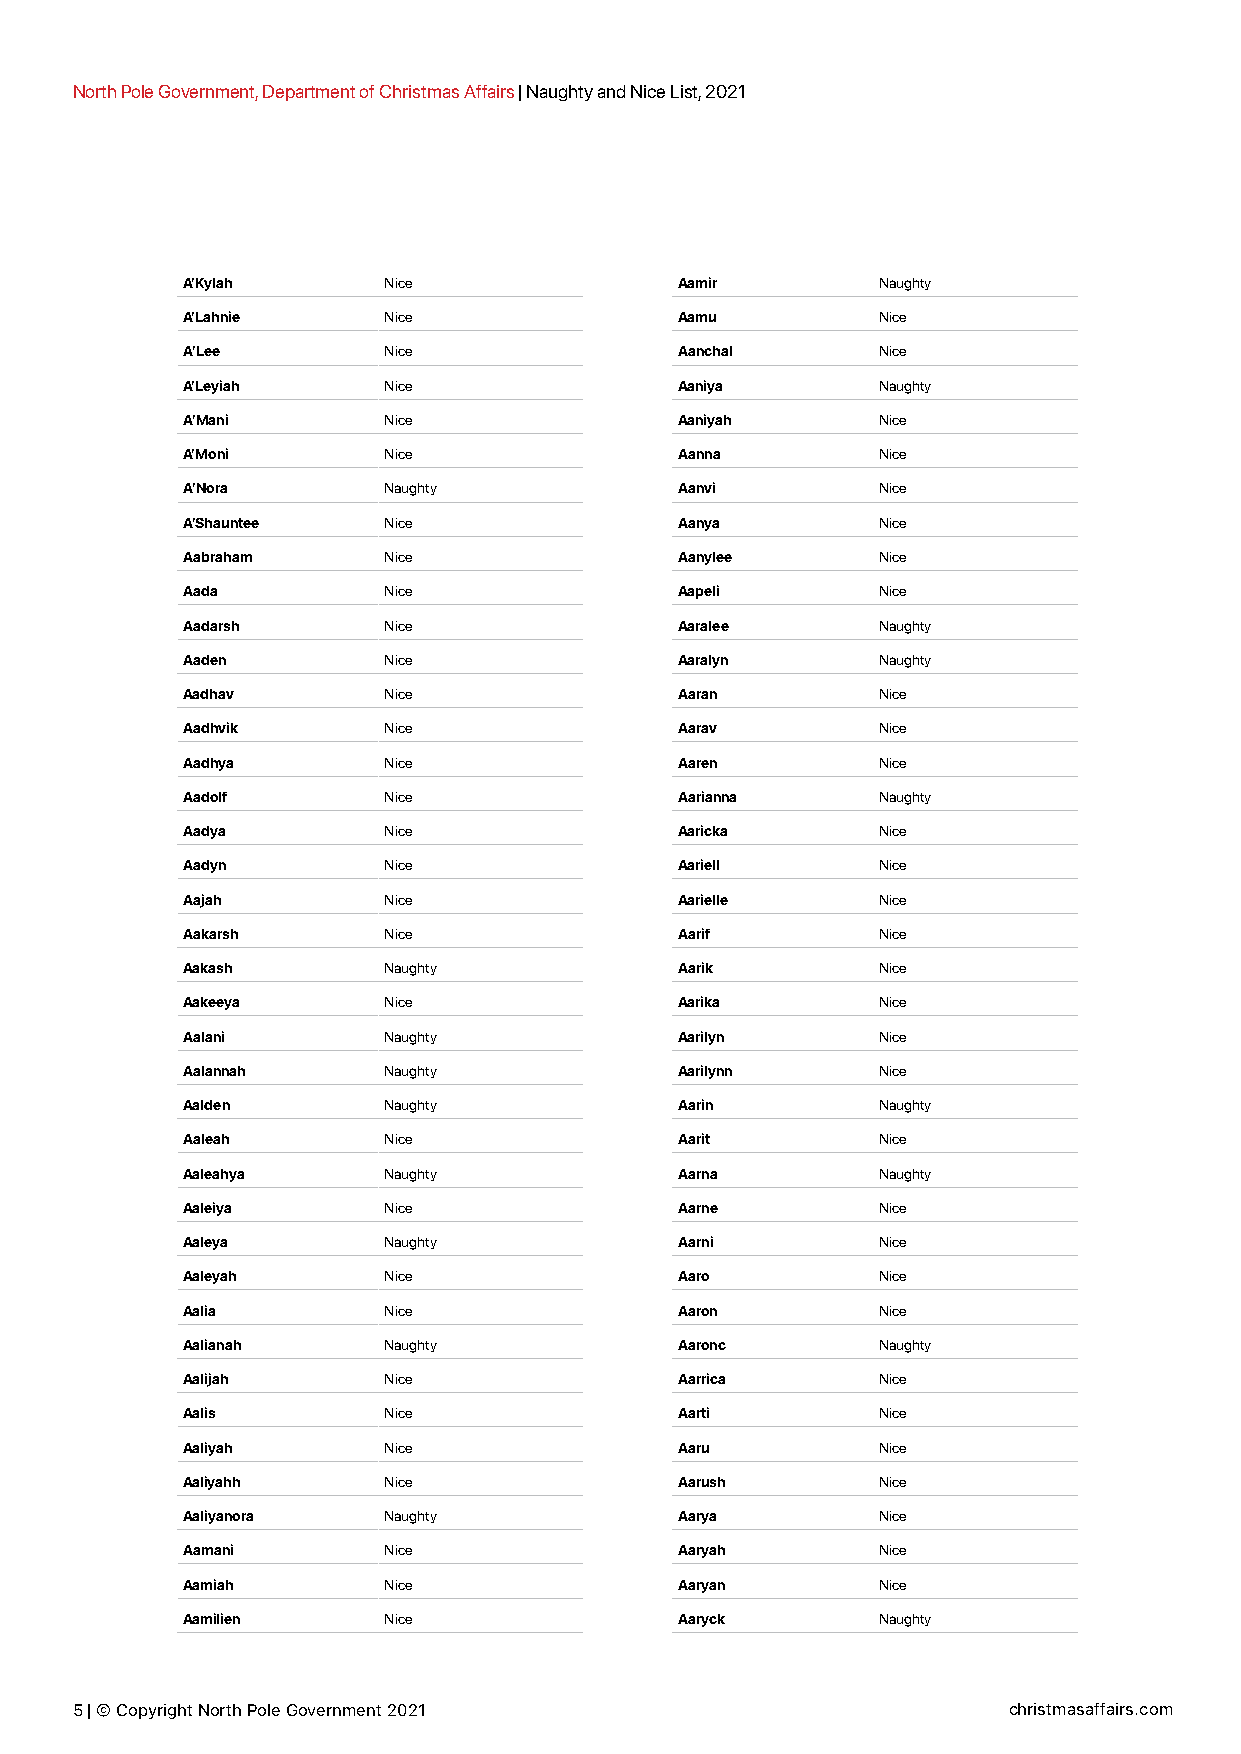
North Pole Government, Department of Christmas Affairs | Naughty and Nice List, 2021
 A’Kylah      Nice                Aamir        Naughty
 A’Lahnie     Nice                Aamu         Nice
 A’Lee        Nice                Aanchal      Nice
 A’Leyiah     Nice                Aaniya       Naughty
 A’Mani       Nice                Aaniyah      Nice
 A’Moni       Nice                Aanna        Nice
 A’Nora       Naughty             Aanvi        Nice
 A’Shauntee   Nice                Aanya        Nice
 Aabraham     Nice                Aanylee      Nice
 Aada         Nice                Aapeli       Nice
 Aadarsh      Nice                Aaralee      Naughty
 Aaden        Nice                Aaralyn      Naughty
 Aadhav       Nice                Aaran        Nice
 Aadhvik      Nice                Aarav        Nice
 Aadhya       Nice                Aaren        Nice
 Aadolf       Nice                Aarianna     Naughty
 Aadya        Nice                Aaricka      Nice
 Aadyn        Nice                Aariell      Nice
 Aajah        Nice                Aarielle     Nice
 Aakarsh      Nice                Aarif        Nice
 Aakash       Naughty             Aarik        Nice
 Aakeeya      Nice                Aarika       Nice
 Aalani       Naughty             Aarilyn      Nice
 Aalannah     Naughty             Aarilynn     Nice
 Aalden       Naughty             Aarin        Naughty
 Aaleah       Nice                Aarit        Nice
 Aaleahya     Naughty             Aarna        Naughty
 Aaleiya      Nice                Aarne        Nice
 Aaleya       Naughty             Aarni        Nice
 Aaleyah      Nice                Aaro         Nice
 Aalia        Nice                Aaron        Nice
 Aalianah     Naughty             Aaronc       Naughty
 Aalijah      Nice                Aarrica      Nice
 Aalis        Nice                Aarti        Nice
 Aaliyah      Nice                Aaru         Nice
 Aaliyahh     Nice                Aarush       Nice
 Aaliyanora   Naughty             Aarya        Nice
 Aamani       Nice                Aaryah       Nice
 Aamiah       Nice                Aaryan       Nice
 Aamilien     Nice                Aaryck       Naughty
 5 | © Copyright North Pole Government 2021                    christmasaffairs.com